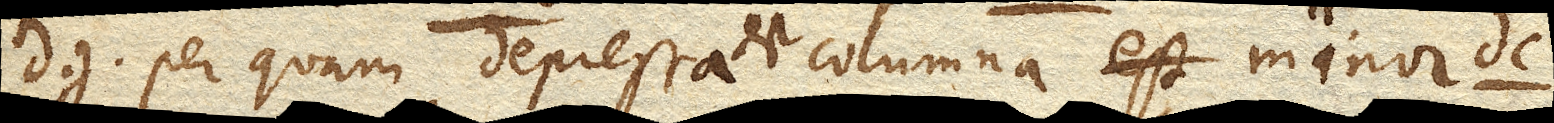
dg. per quam depressa est columna minor dc.